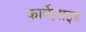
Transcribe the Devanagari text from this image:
कार्बेज़ाइड